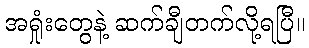
အရှုံးတွေနဲ့ ဆက်ချီတက်လို့ရပြီ။